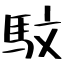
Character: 馼